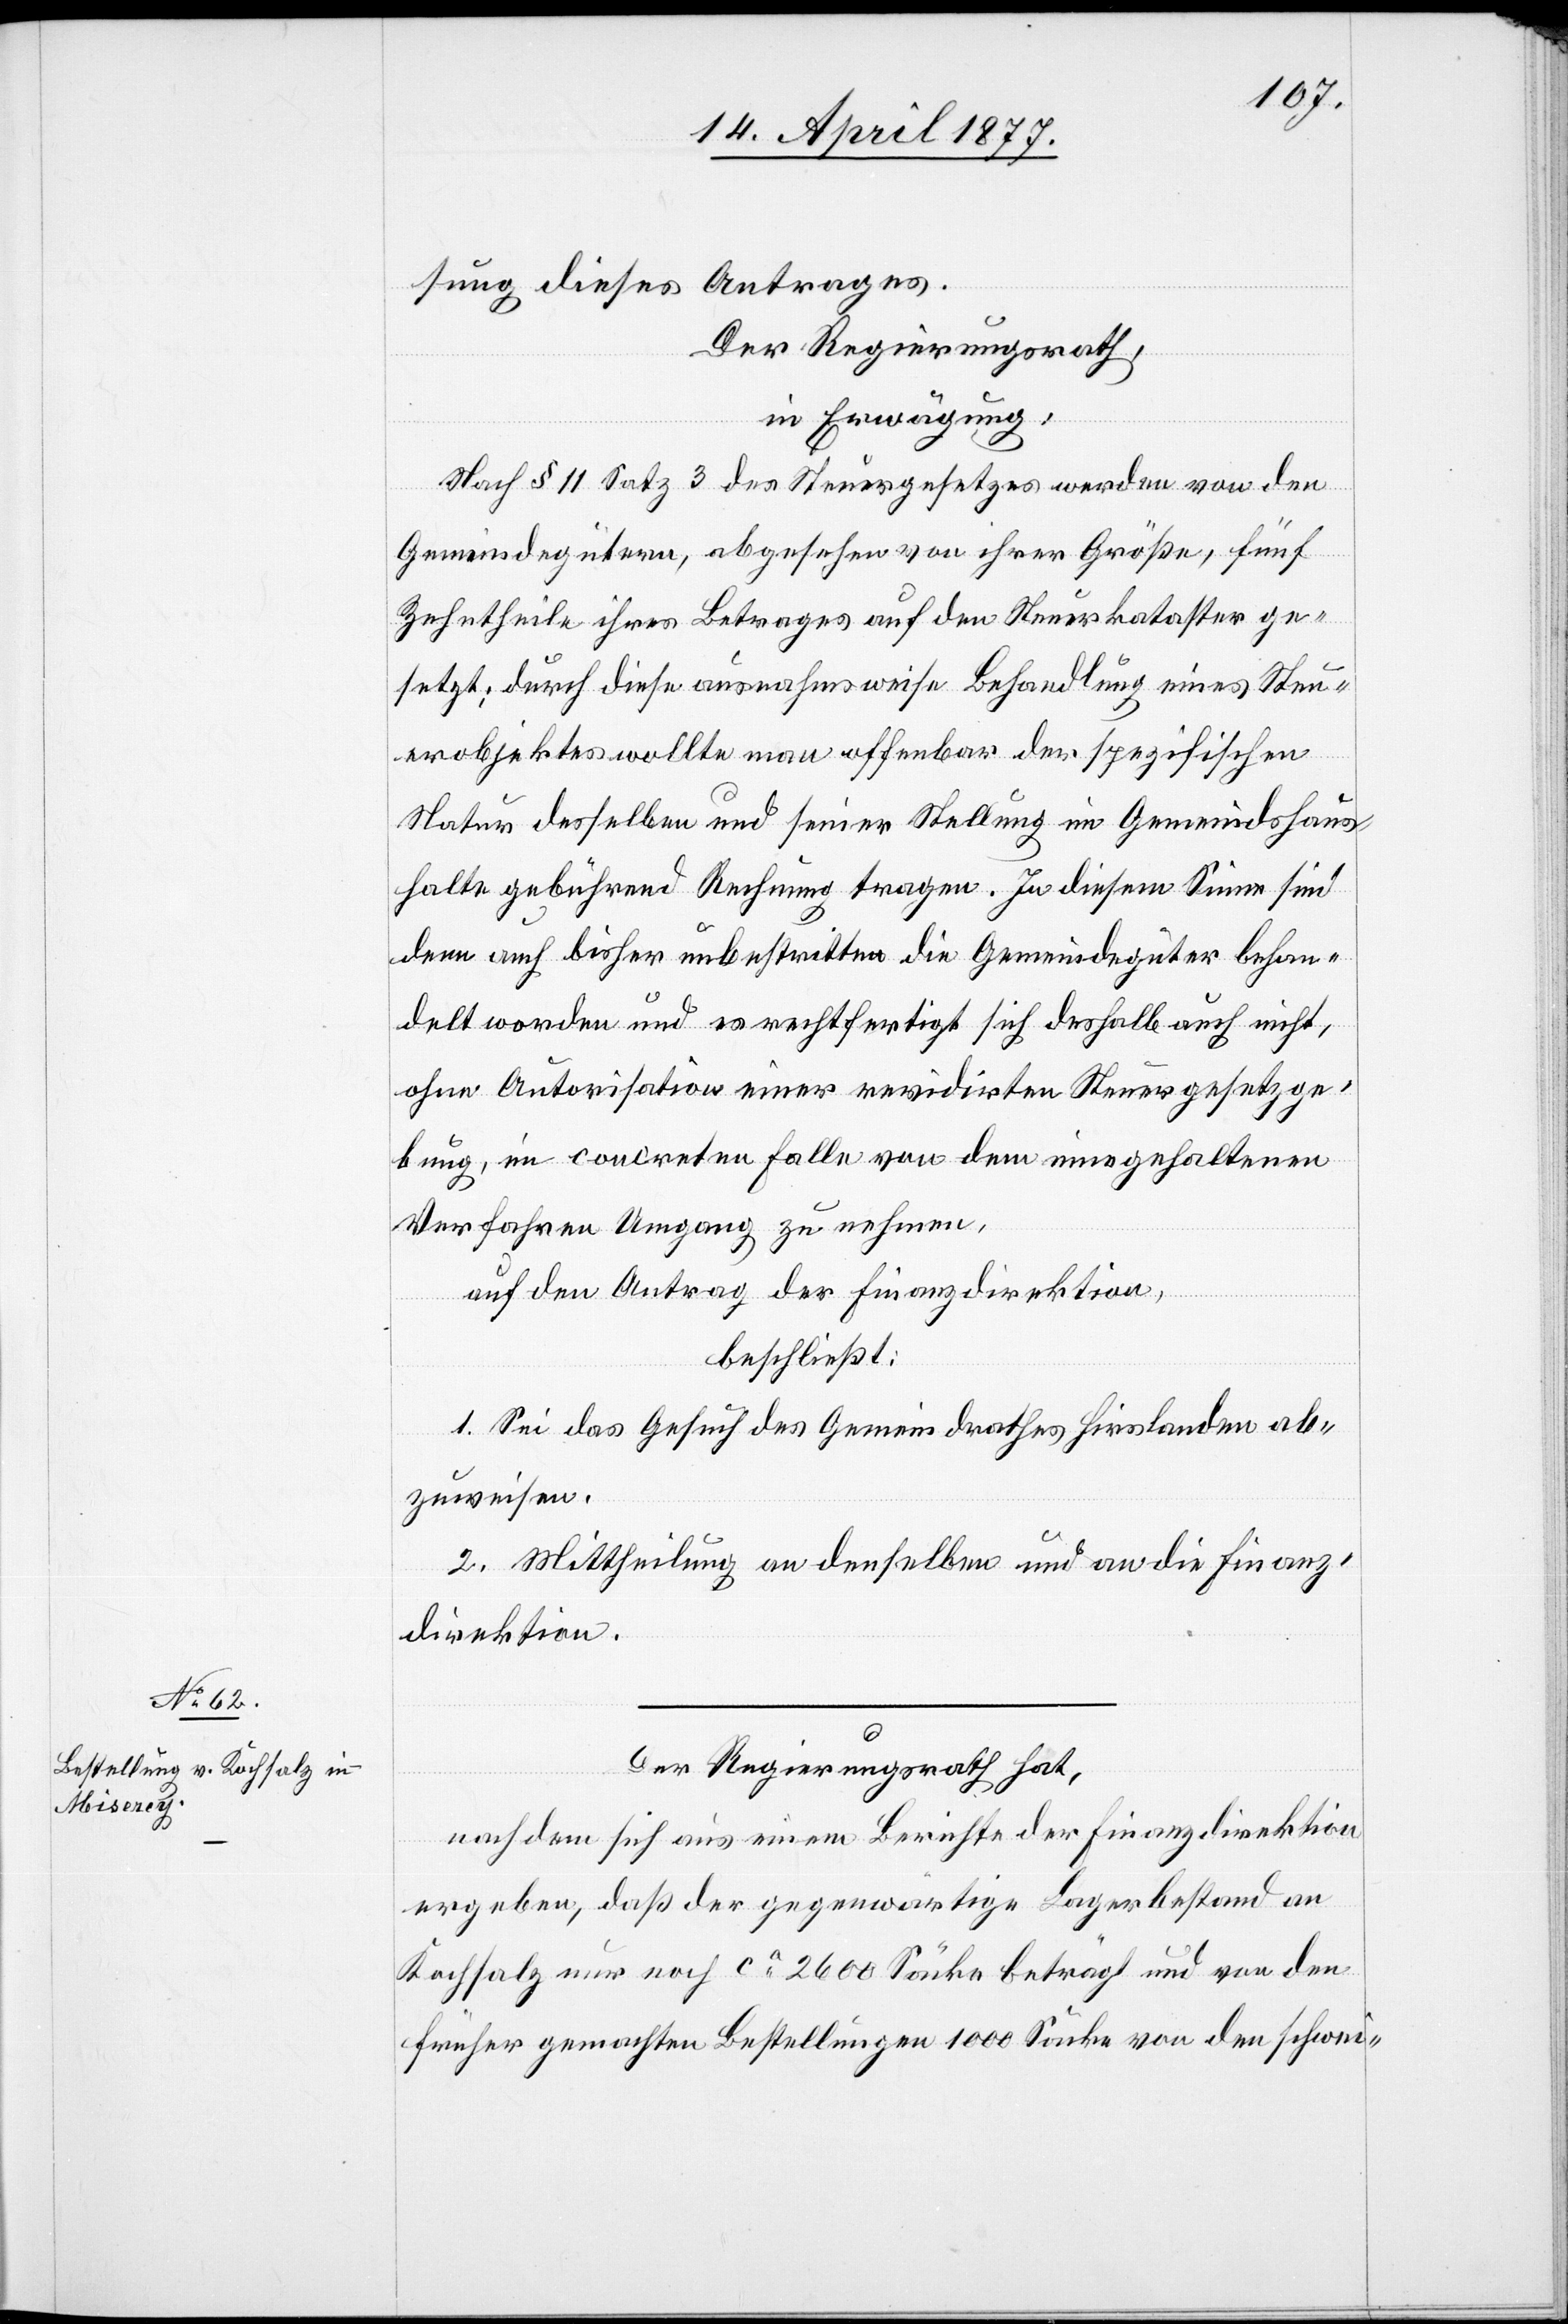
sung dieses Antrages.
Der Regierungsrath,
in Erwägung:
Nach § 11 Satz 3 des Steuergesetzes werden von den
Gemeindegütern, abgesehen von ihrer Größe, fünf
Zehntheile ihres Betrages auf den Steuerkataster ge¬
setzt; durch diese ausnahmsweise Behandlung eines Steu¬
erobjektes wollte man offenbar der spezifischen
Natur desselben und seiner Stellung im Gemeindshaus¬
halte gebührend Rechnung tragen. In diesem Sinne sind
denn auch bisher unbestritten die Gemeindegüter behan¬
delt worden und es rechtfertigt sich deshalb auch nicht,
ohne Autorisation einer revidirten Steuergesetzge¬
bung, im concreten Falle von dem innegehaltenen
Verfahren Umgang zu nehmen.
auf den Antrag der Finanzdirektion,
beschließt:
1. Sei das Gesuch des Gemeindrathes Hirslanden ab¬
zuweisen.
2. Mittheilung an denselben und an die Finanz¬
direktion.
Der Regierungsrath hat,
nachdem sich aus einem Berichte der Finanzdirektion
ergeben, daß der gegenwärtige Lagerbestand an
Kochsalz nur noch ca 2600 Säcke beträgt und von den
früher gemachten Bestellungen 1000 Säcke von den schwei-